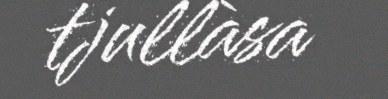
tjullàsa